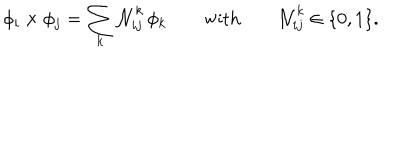
\phi _ { i } \times \phi _ { j } = \sum _ { k } { \cal N } _ { i j } ^ { k } \, \phi _ { k } \qquad \textrm { w i t h } \qquad { \cal N } _ { i j } ^ { k } \in \{ 0 , 1 \} .